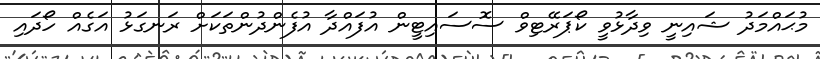
މުޙައްމަދު ޝައިނީ ވިދާޅުވީ ކޯޕަރޭޓިވް ސޮސައިޓީން އުފައްދާ އުފެންދުންތަކަށް ރަނގަޅު އަގެއް ހޯދައި